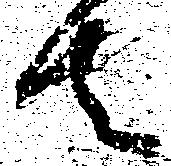
者